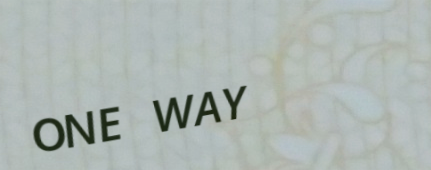
ONE WAY